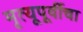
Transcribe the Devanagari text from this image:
मृत्यूपूर्वीचा